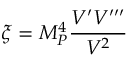
\xi = M _ { P } ^ { 4 } \frac { V ^ { \prime } V ^ { \prime \prime \prime } } { V ^ { 2 } }